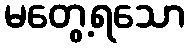
မတွေ့ရသော